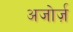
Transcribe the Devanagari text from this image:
अजोर्ज़